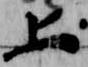
上